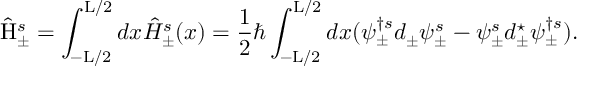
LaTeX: \hat { \mathrm { H } } _ { \pm } ^ { s } = \int _ { - \mathrm { L } / 2 } ^ { \mathrm { L } / 2 } d x \hat { \cal H } _ { \pm } ^ { s } ( x ) = \frac { 1 } { 2 } \hbar \int _ { - \mathrm { L } / 2 } ^ { \mathrm { L } / 2 } d x ( \psi _ { \pm } ^ { \dagger s } d _ { \pm } \psi _ { \pm } ^ { s } - \psi _ { \pm } ^ { s } d _ { \pm } ^ { \star } \psi _ { \pm } ^ { \dagger s } ) .